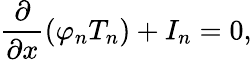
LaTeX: \frac{\partial}{\partial x}\left(\varphi_{n}T_{n}\right)+I_{n}=0,